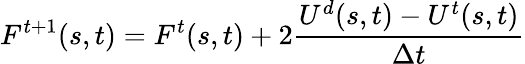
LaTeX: {F^{t+1}}(s,t)={F^{t}}(s,t)+2\frac{{{U^{d}}(s,t)-{U^{t}}(s,t)}}{{\Delta t}}